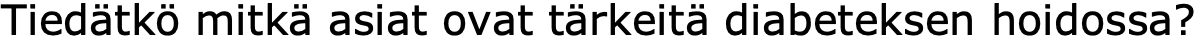
Tiedätkö mitkä asiat ovat tärkeitä diabeteksen hoidossa?